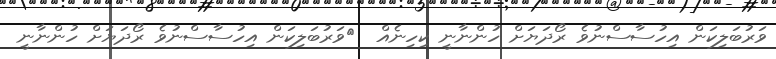
ވަރުބަލިކަން އިހުސާސްނުވެ ރޯދަޔަށް ހުންނާނީ ކިހިނެއް  	ވަރުބަލިކަން އިހުސާސްނުވެ ރޯދަޔަށް ހުންނާނީ